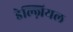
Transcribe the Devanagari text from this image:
डेल्ज़ियल